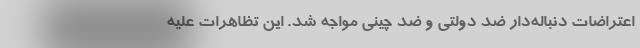
اعتراضات دنباله‌دار ضد دولتی و ضد چینی مواجه شد. این تظاهرات علیه